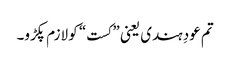
تم عودِ ہندی یعنی ”کست“ کو لازم پکڑو۔